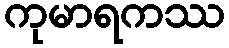
ကုမာရကဿ